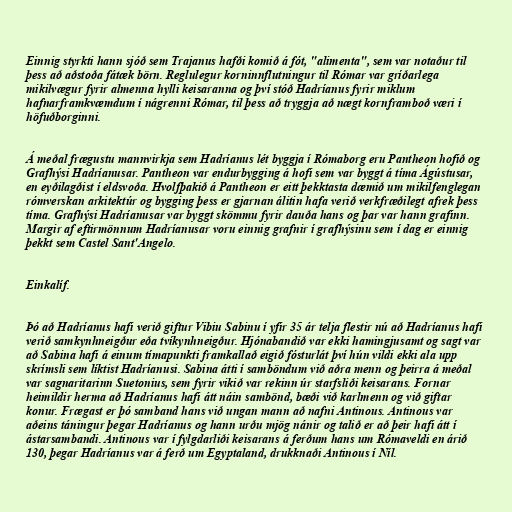
Einnig styrkti hann sjóð sem Trajanus hafði komið á fót, "alimenta", sem var notaður til
þess að aðstoða fátæk börn. Reglulegur korninnflutningur til Rómar var gríðarlega
mikilvægur fyrir almenna hylli keisaranna og því stóð Hadríanus fyrir miklum
hafnarframkvæmdum í nágrenni Rómar, til þess að tryggja að nægt kornframboð væri í
höfuðborginni.

Á meðal frægustu mannvirkja sem Hadríanus lét byggja í Rómaborg eru Pantheon hofið og
Grafhýsi Hadríanusar. Pantheon var endurbygging á hofi sem var byggt á tíma Ágústusar,
en eyðilagðist í eldsvoða. Hvolfþakið á Pantheon er eitt þekktasta dæmið um mikilfenglegan
rómverskan arkitektúr og bygging þess er gjarnan álitin hafa verið verkfræðilegt afrek þess
tíma. Grafhýsi Hadríanusar var byggt skömmu fyrir dauða hans og þar var hann grafinn.
Margir af eftirmönnum Hadríanusar voru einnig grafnir í grafhýsinu sem í dag er einnig
þekkt sem Castel Sant'Angelo.

Einkalíf.

Þó að Hadríanus hafi verið giftur Vibiu Sabinu í yfir 35 ár telja flestir nú að Hadríanus hafi
verið samkynhneigður eða tvíkynhneigður. Hjónabandið var ekki hamingjusamt og sagt var
að Sabina hafi á einum tímapunkti framkallað eigið fósturlát því hún vildi ekki ala upp
skrímsli sem líktist Hadríanusi. Sabina átti í samböndum við aðra menn og þeirra á meðal
var sagnaritarinn Suetonius, sem fyrir vikið var rekinn úr starfsliði keisarans. Fornar
heimildir herma að Hadríanus hafi átt náin sambönd, bæði við karlmenn og við giftar
konur. Frægast er þó samband hans við ungan mann að nafni Antinous. Antinous var
aðeins táningur þegar Hadríanus og hann urðu mjög nánir og talið er að þeir hafi átt í
ástarsambandi. Antinous var í fylgdarliði keisarans á ferðum hans um Rómaveldi en árið
130, þegar Hadríanus var á ferð um Egyptaland, drukknaði Antinous í Níl.